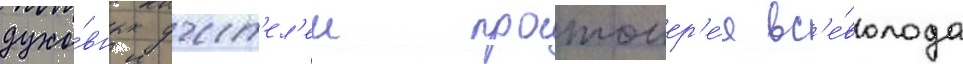
духо́вных учит'ел'еи протоиер'е́я вс'е́волода